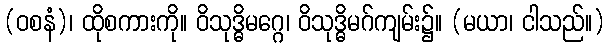
(ဝစနံ)၊ ထိုစကားကို။ ဝိသုဒ္ဓိမဂ္ဂေ၊ ဝိသုဒ္ဓိမဂ်ကျမ်း၌။ (မယာ၊ ငါသည်။)